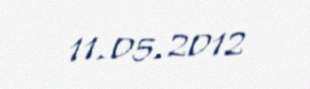
11.05.2012